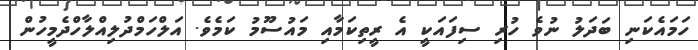
ހަމައެކަނި ބަދަލު ނުވެ ހުރި ސިފައަކީ އެ ރީތިކަމާއި މައުސޫމު ކަމެވެ. އަލްހަމްދުލިއްލާހްދެމީހުން